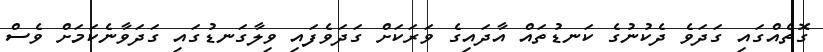
ގޮތެއްގައި ގަދަވެ ދެކުނުގެ ކަނޑުތައް އާދައިގެ ވަރަކަށް ގަދަވެފައި ވިލާގަނޑުގައި ގަދަވާނެކަމަށް ވެސް